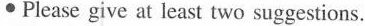
\cdot Please give at least two suggestions.